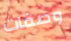
وصفات